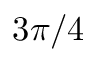
3 \pi / 4